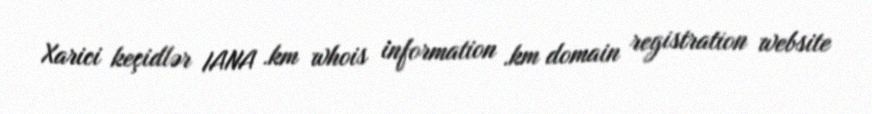
Xarici keçidlər IANA .km whois information .km domain registration website